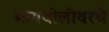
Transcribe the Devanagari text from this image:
मायबोलीवरचे